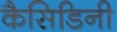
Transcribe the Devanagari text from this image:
कैसिडिनी